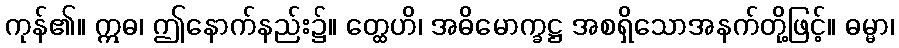
ကုန်၏။ ဣဓ၊ ဤနောက်နည်း၌။ တ္ထေဟိ၊ အဓိမောက္ခဋ္ဌ အစရှိသောအနက်တို့ဖြင့်။ ဓမ္မာ၊